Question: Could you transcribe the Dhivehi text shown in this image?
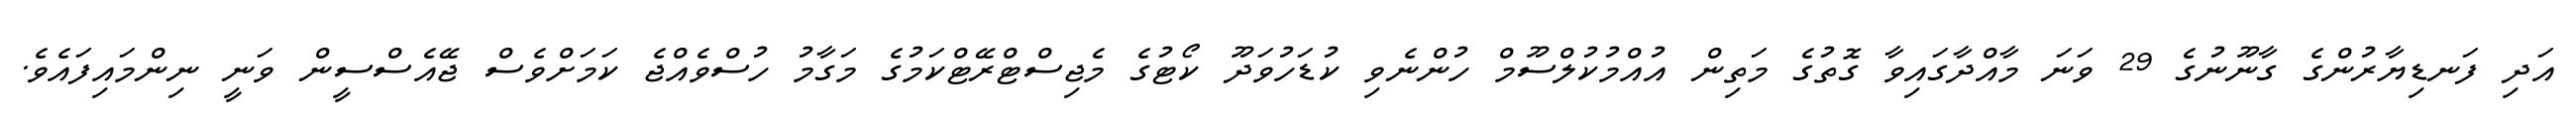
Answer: އަދި ފަނޑިޔާރުންގެ ގާނޫނުގެ 29 ވަނަ މާއްދާގައިވާ ގޮތުގެ މަތިން އުއްމުކުލްސޫމް ހުންނެވި ކުޑަހުވަދޫ ކޯޓުގެ މެޖިސްޓްރޭޓްކަމުގެ މަގާމު ހުސްވެއްޖެ ކަމަށްވެސް ޖޭއެސްސީން ވަނީ ނިންމައިފައެވެ.